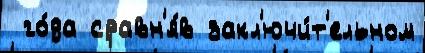
 го́да сравн'я́в закл'ючи́т'ельном